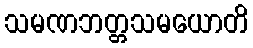
သမဏဘတ္တသမယောတိ